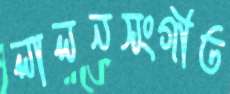
লালনসংগীত